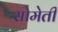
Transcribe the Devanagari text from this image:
सोमेती